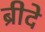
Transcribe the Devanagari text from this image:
ब्रीदे